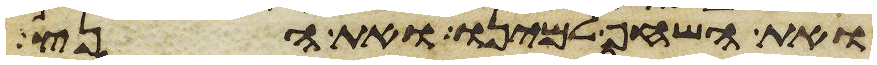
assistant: ואת השחף למינו ואת הנץ